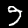
Label: 9